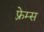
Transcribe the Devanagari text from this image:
फ़्रेम्स